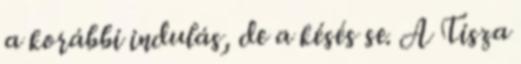
a korábbi indulás, de a késés se. A Tisza